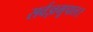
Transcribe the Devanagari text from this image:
सर्वज्ञभूपाल।